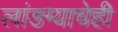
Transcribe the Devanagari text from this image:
लांडग्याचेही